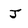
Character: J